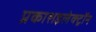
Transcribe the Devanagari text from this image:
प्रकाशइलेक्ट्रॉन